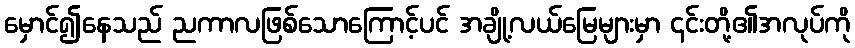
မှောင်၍နေသည် ညကာလဖြစ်သောကြောင့်ပင် အချို့လယ်မြေများမှာ ၎င်းတို့၏အလုပ်ကို